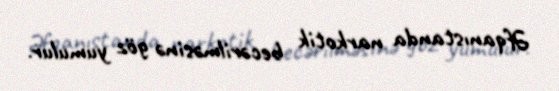
Əfqanıstanda narkotik becərilməsinə göz yumulur.